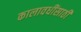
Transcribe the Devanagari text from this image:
कालावधींसाठी